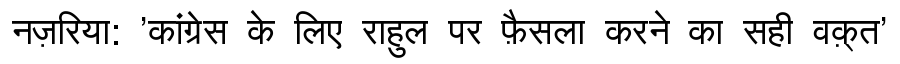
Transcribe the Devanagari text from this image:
नज़रिया: 'कांग्रेस के लिए राहुल पर फ़ैसला करने का सही वक़्त'